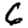
Digit: 6